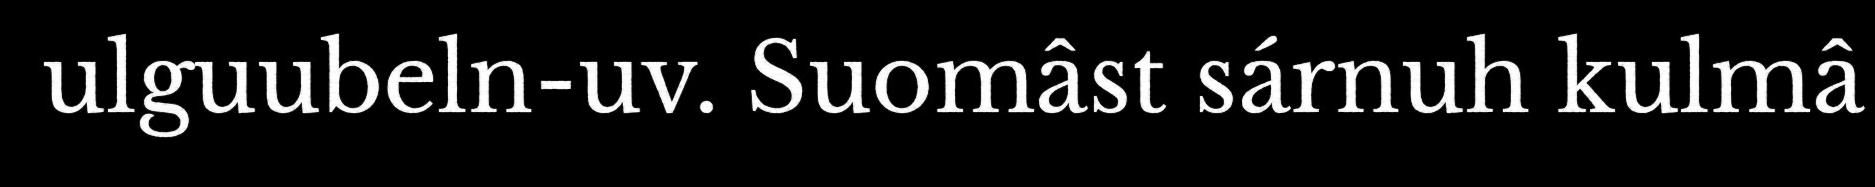
ulguubeln-uv. Suomâst sárnuh kulmâ